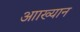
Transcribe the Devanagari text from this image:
आाख्यान